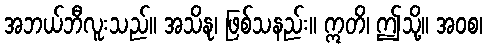
အဘယ်ဘီလူးသည်။ အသိနု၊ ဖြစ်သနည်း။ ဣတိ၊ ဤသို့။ အဝစ၊